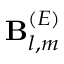
\mathbf { B } _ { l , m } ^ { ( E ) }